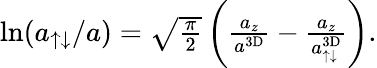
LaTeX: \begin{array}{r}{\ln(a_{\uparrow\downarrow}/a)=\sqrt{\frac{\pi}2}\left(\frac{a_{z}}{a^{\mathrm{3D}}}-\frac{a_{z}}{a_{\uparrow\downarrow}^{\mathrm{3D}}}\right).}\end{array}